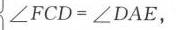
\(\angle FCD=\angle DAE\)